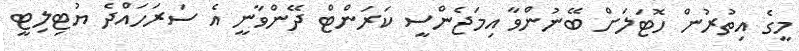
މީގެ އިތުރުން ހޮޓަލަށް ބޭނުންވާ އިމަޖެންސީ ކަރަންޓް ދޭންވާނީ އެ ސަރަހައްދެ ޔުޓިލިޓީ